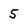
Character: 5